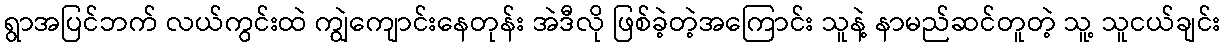
ရွာအပြင်ဘက် လယ်ကွင်းထဲ ကျွဲကျောင်းနေတုန်း အဲဒီလို ဖြစ်ခဲ့တဲ့အကြောင်း သူနဲ့ နာမည်ဆင်တူတဲ့ သူ့ သူငယ်ချင်း